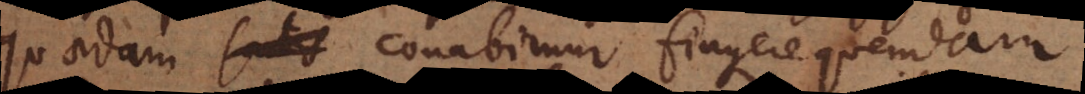
quaedam _ conabimur fingere quendam